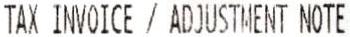
TAX INVOICE / ADJUSTMENT NOTE